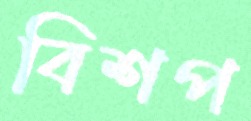
বিশপ